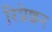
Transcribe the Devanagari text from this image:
रिप्रेशन